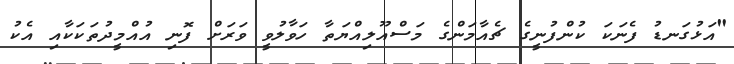
"އަޅުގަނޑު ފެނަކަ ކުންފުނީގެ ޗެއާމަންގެ މަސްއޫލިއްޔަތާ ހަވާލުވީ ވަރަށް ފޮނި އުއްމީދުތަކަކާއި އެކު